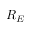
R _ { E }